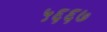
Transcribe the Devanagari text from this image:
५६६७